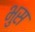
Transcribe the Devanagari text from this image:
भुस